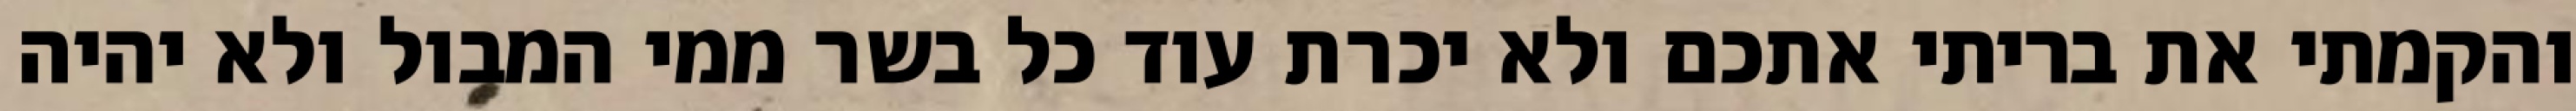
והקמתי את בריתי אתכם ולא יכרת עוד כל בשר ממי המבול ולא יהיה